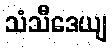
သံသီဒေယျ